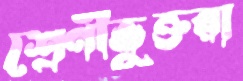
শ্রেণীভুক্তরা